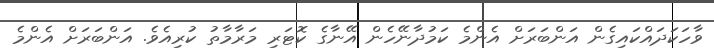
ވާހަކަދައްކައިގެން އަންބަރަށް އެންމެ ކަމުދާނޭހެން އޭނާގެ ކޮޓަރި މަރާމާތު ކުރިއެވެ. އަންބަރަށް އެންމެ